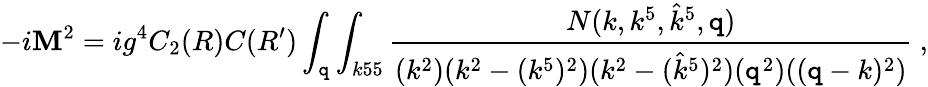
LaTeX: -i\mathbf{M}^{2}=ig^{4}C_{2}(R)C(R^{\prime})\int_{\mathtt{q}}\int_{k55}{\frac{{N(k,k^{5},{\hat{{k}}}^{5},\mathtt{q})}}{{(k^{2})(k^{2}-(k^{5})^{2})(k^{2}-({\hat{{k}}}^{5})^{2})(\mathtt{q}^{2})((\mathtt{q}-k)^{2})}}}\ ,